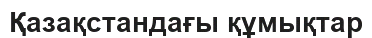
Қазақстандағы құмықтар